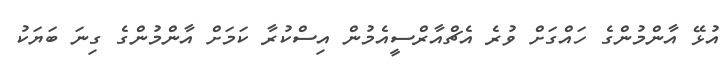
އުޅޭ އާންމުންގެ ހައްގަށް ވުރެ އެޗްއާރްސީއެމުން އިސްކުރާ ކަމަށް އާންމުންގެ ގިނަ ބަޔަކު